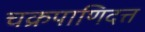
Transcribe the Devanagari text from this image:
चक्रपाणिदत्त